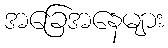
အခြေအနေများ